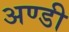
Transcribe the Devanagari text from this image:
अण्डी